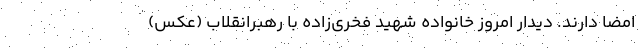
امضا دارند. دیدار امروز خانواده شهید فخری‌زاده با رهبرانقلاب (عکس)